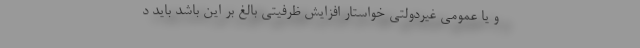
و یا عمومی غیردولتی خواستار افزایش ظرفیتی بالغ بر این باشد باید د